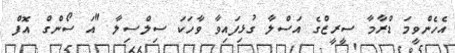
އެހެންވީމަ ޑްރާމާ ސީރީޒްގެ އަސްލާ ގުޅިފައިވާ ވާހަކަ ސިލްސިލާ "އަ ސޯންގް އޮފް